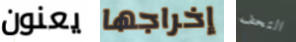
يعنون إخراجها التحف